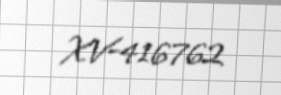
XV-416762